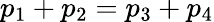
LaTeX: p_{1}+p_{2}=p_{3}+p_{4}